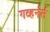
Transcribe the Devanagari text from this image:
गव्हर्नर्स